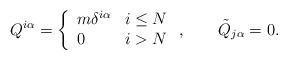
\begin{align*}Q^{i\alpha} = \left\{ \begin{array}{ll}m \delta^{i\alpha} & i \le N\\0 & i > N\end{array}\right. , \qquad\tilde Q_{j \alpha} = 0.\end{align*}